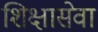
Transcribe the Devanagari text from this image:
शिक्षासेवा